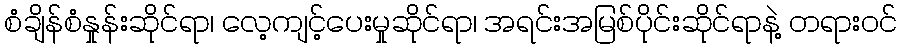
စံချိန်စံနှုန်းဆိုင်ရာ၊ လေ့ကျင့်ပေးမှုဆိုင်ရာ၊ အရင်းအမြစ်ပိုင်းဆိုင်ရာနဲ့ တရားဝင်